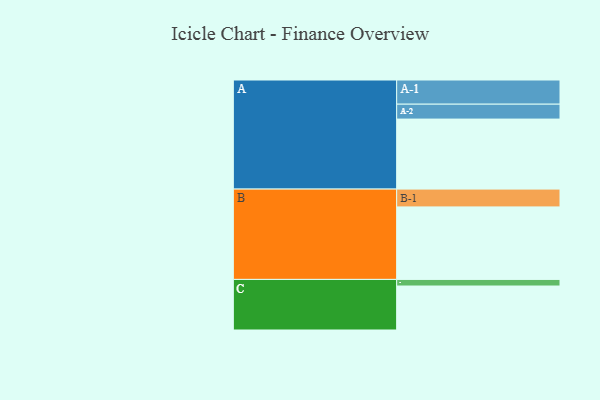
{"axis": {"x": "Segment", "y": "Value"}, "legend": ["", "A", "B", "C"], "data": [{"x": "A", "y": 530, "type": ""}, {"x": "B", "y": 549, "type": ""}, {"x": "C", "y": 333, "type": ""}, {"x": "A-1", "y": 183, "type": "A"}, {"x": "A-2", "y": 113, "type": "A"}, {"x": "B-1", "y": 135, "type": "B"}, {"x": "C-1", "y": 50, "type": "C"}]}